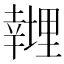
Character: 𱝁